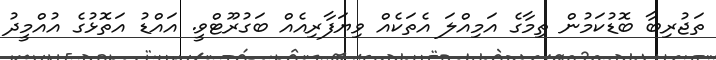
ތަޖުރިބާ ބޮޑުކަމުން ތިމާގެ އަމިއްލަ އެތަކެއް ވިޔަފާރިއެއް ބަގުރޫޓްވީ. އައްޑު އަތޮޅުގެ އުއްމީދު